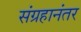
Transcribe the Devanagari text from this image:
संग्रहानंतर